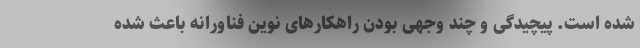
شده است. پیچیدگی و چند وجهی بودن راهکارهای نوین فناورانه باعث شده